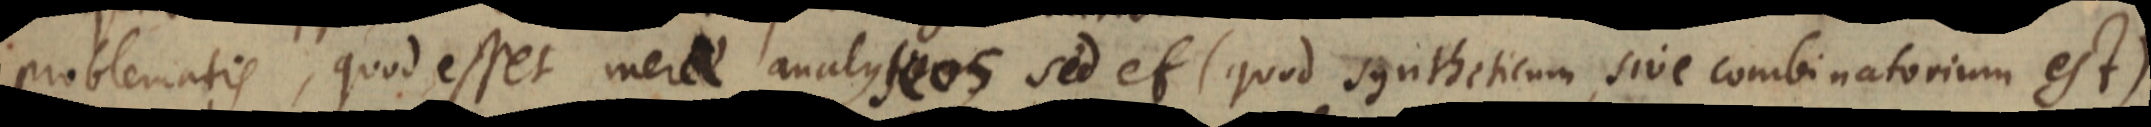
problematis, quod esset merae analyseos, sed et (quod syntheticum, sive combinatorium est)